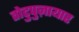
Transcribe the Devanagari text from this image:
तोटुपुज़ायार